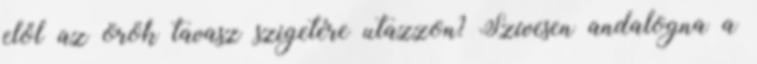
elől az örök tavasz szigetére utazzon? Szívesen andalogna a